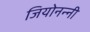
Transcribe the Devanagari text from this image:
जियोनन्नी